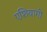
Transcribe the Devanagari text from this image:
एशियागो